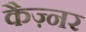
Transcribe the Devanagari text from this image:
कैज़्नर